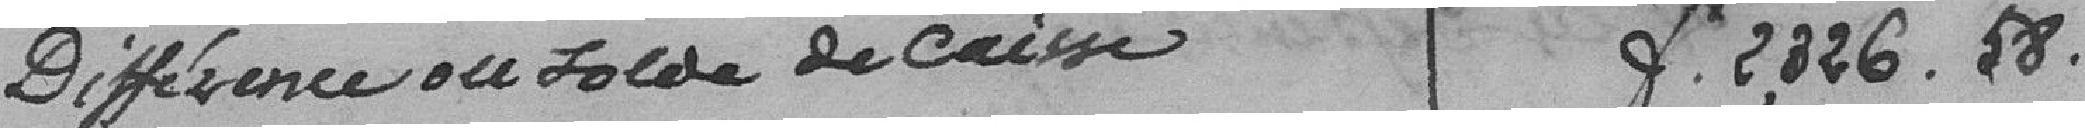
Différence ou solde de caisse francs 2,326.58